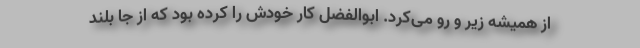
از همیشه زیر و رو می‌کرد. ابوالفضل کار خودش را کرده بود که از جا بلند